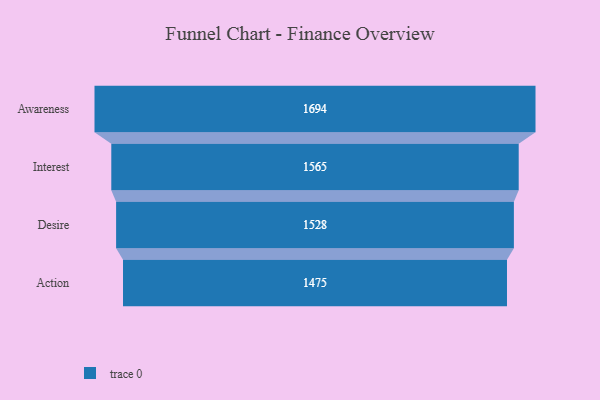
{"axis": {"x": "Stage", "y": "Value"}, "legend": [""], "data": [{"x": "Awareness", "y": 1694.0, "type": ""}, {"x": "Interest", "y": 1565.0, "type": ""}, {"x": "Desire", "y": 1528.0, "type": ""}, {"x": "Action", "y": 1475.0, "type": ""}]}